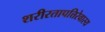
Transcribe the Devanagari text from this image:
शरीरतापत्तिरेवास्य